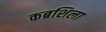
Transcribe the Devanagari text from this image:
कब्रशिला